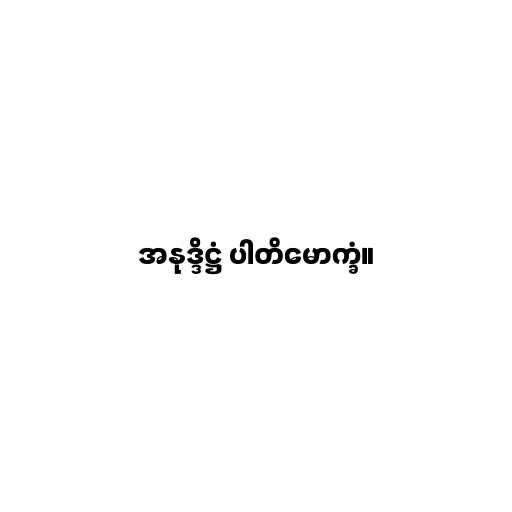
အနုဒ္ဒိဋ္ဌံ ပါတိမောက္ခံ။